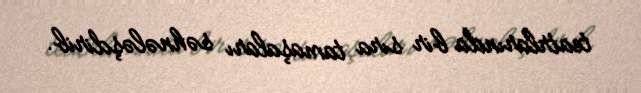
teatrlarında bir sıra tamaşaları səhnələşdirib.